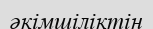
әкімшіліктін